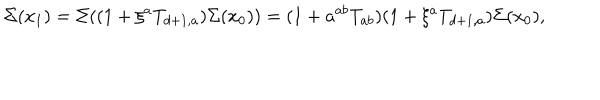
\Sigma ( x _ { 1 } ) = \Sigma ( ( 1 + \xi ^ { a } T _ { d + 1 , a } ) \Sigma ( x _ { 0 } ) ) = ( 1 + a ^ { a b } T _ { a b } ) ( 1 + \xi ^ { a } T _ { d + 1 , a } ) \Sigma ( x _ { 0 } ) ,